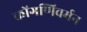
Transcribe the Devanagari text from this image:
कोंगणिवर्मन